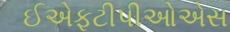
ઈએફટીપીઓએસ